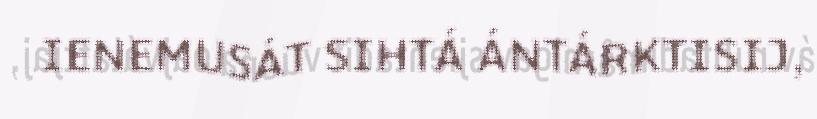
IENEMUSÁT SIHTÁ ÁNTÁRKTISIJ,